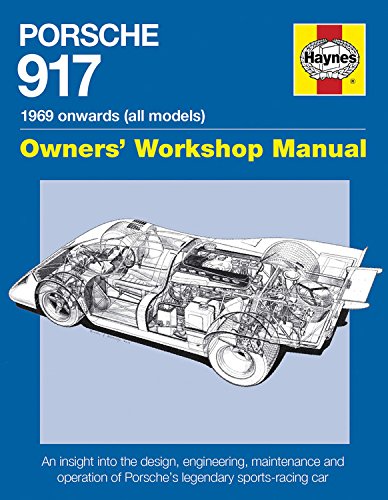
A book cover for Porsche 917 Owners' Workshop Manual 1969 onwards (all models): An insight into the design, engineering, maintenance and operation of Porsche's legendary sports-racing car; Ian Wagstaff; Engineering & Transportation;